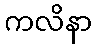
ကလိနာ